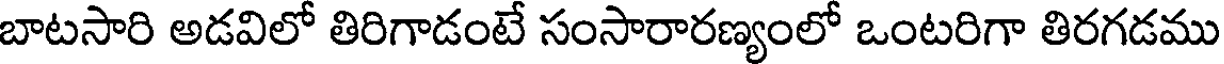
బాటసారి అడవిలో తిరిగాడంటే సంసారారణ్యంలో ఒంటరిగా తిరగడము